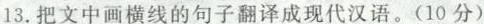
13.把文中画横线的句子翻译成现代汉语。(10分)